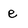
Character: e